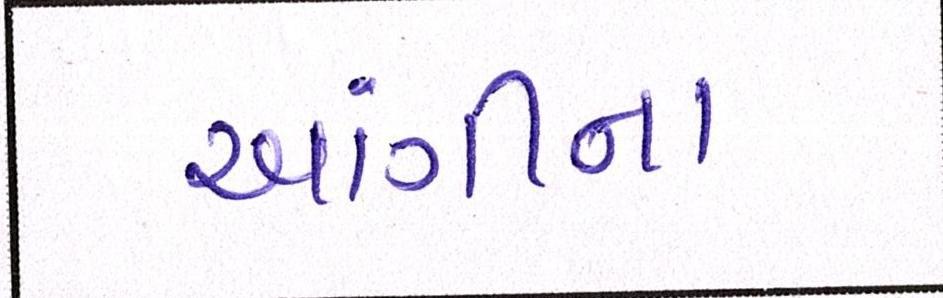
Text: આંગીના